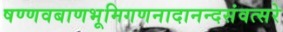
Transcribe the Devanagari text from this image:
षण्णवबाणभूमिगणनादानन्दसंवत्सरे